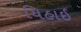
યિહાઈ